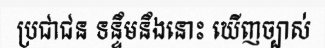
ប្រជាជន ទន្ទឹមនឹងនោះ ឃើញច្បាស់